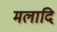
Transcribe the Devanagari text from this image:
मलादि